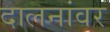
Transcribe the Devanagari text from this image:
दालनांवर